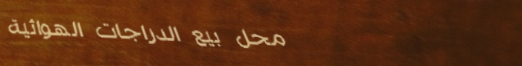
محل بيع الدراجات الهوائية